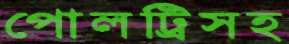
পোলট্রিসহ